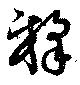
釈